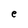
Character: e